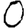
Digit: 0